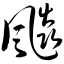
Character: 飚